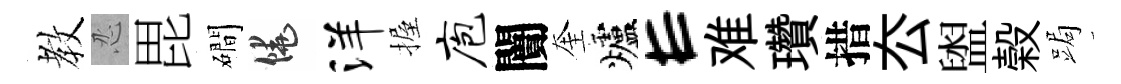
教忍毘磵饒洋握庖闠奎爐E难瓚措厺盥榖跼